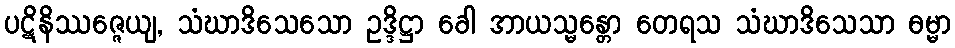
ပဋိနိဿဇ္ဇေယျ, သံဃာဒိသေသော ဥဒ္ဒိဋ္ဌာ ခေါ အာယသ္မန္တော တေရသ သံဃာဒိသေသာ ဓမ္မာ